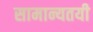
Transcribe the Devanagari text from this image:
सामान्यतयी